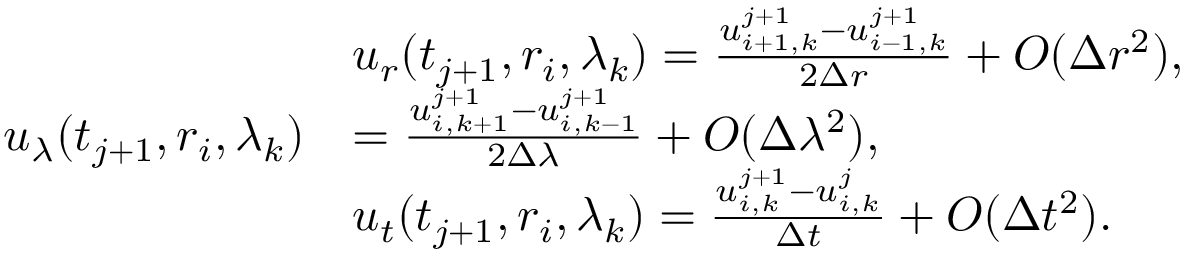
\begin{array} { r l } & { u _ { r } ( t _ { j + 1 } , r _ { i } , \lambda _ { k } ) = \frac { u _ { i + 1 , k } ^ { j + 1 } - u _ { i - 1 , k } ^ { j + 1 } } { 2 \Delta r } + O ( \Delta r ^ { 2 } ) , } \\ { u _ { \lambda } ( t _ { j + 1 } , r _ { i } , \lambda _ { k } ) } & { = \frac { u _ { i , k + 1 } ^ { j + 1 } - u _ { i , k - 1 } ^ { j + 1 } } { 2 \Delta \lambda } + O ( \Delta \lambda ^ { 2 } ) , } \\ & { u _ { t } ( t _ { j + 1 } , r _ { i } , \lambda _ { k } ) = \frac { u _ { i , k } ^ { j + 1 } - u _ { i , k } ^ { j } } { \Delta t } + O ( \Delta t ^ { 2 } ) . } \end{array}